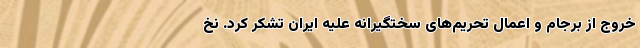
خروج از برجام و اعمال تحریم‌های سختگیرانه علیه ایران تشکر کرد. نخ